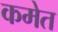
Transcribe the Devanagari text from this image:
कमेत